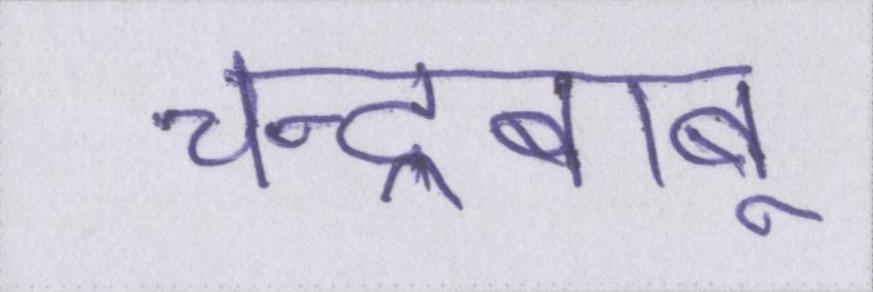
चन्द्रबाबू